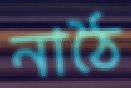
নাঠৈ